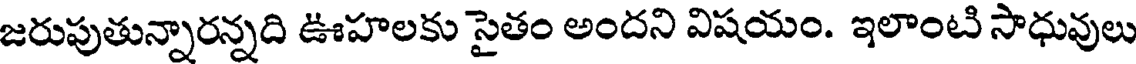
జరుపుతున్నారన్నది ఊహలకు సైతం అందని విషయం. ఇలాంటి సాధువులు